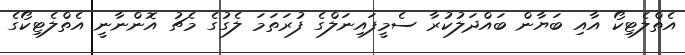
އެތްލެޓިކޯ އާއި ބަޔާން ބައްދަލުކުރާ ސެމީފައިނަލްގެ ފުރަތަމަ ލެގުގެ މެޗު އޮންނާނީ އެތްލެޓިކޯގެ